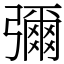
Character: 彌